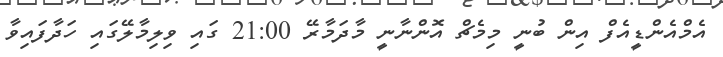
އެމްއެންޑީއެފް އިން ބުނީ މިމެޗް އޮންނާނީ މާދަމާރޭ 21:00 ގައި ވިލިމާލޭގައި ހަދާފައިވާ